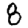
Digit: 8